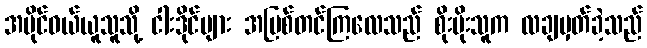
အပိုင်ဝယ်ယူသူသို့ ငါးဒိုင်များ အပြစ်တင်ကြလေသည် စိုးမိုးသူက လချမှတ်ခဲ့သည်